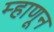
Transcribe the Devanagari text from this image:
म्हाणून